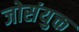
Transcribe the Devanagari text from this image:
जोसंयुक्त